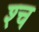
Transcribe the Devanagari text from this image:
श्‍च